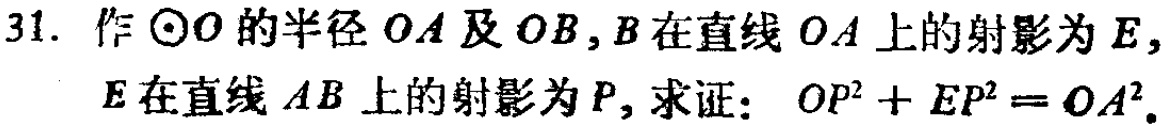
31. 作\(\odot O\)的半径\(OA\)及\(OB\)，\(B\)在直线\(OA\)上的射影为\(E\)，\(E\)在直线\(AB\)上的射影为\(P\)，求证：\(OP^{2}+EP^{2}=OA^{2}\)。